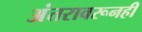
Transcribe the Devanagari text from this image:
अंतरावरूनही